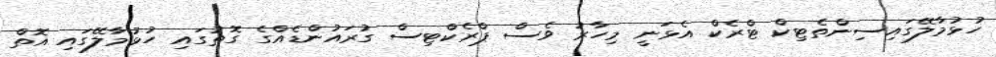
ހުޅުމާލޭގައިސިންތެޓިކް ޓްރެކް އެޅަނީ މިހާރު ވެސް ޕްރެކްޓިސް ގުރައުންޑެއްގެ ގޮތުގައި ހުޅުމާލޭގައި އޮތް